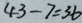
4 3 - 7 = 3 6